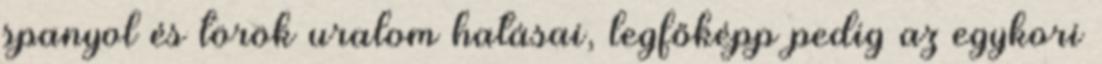
spanyol és török uralom hatásai, legfőképp pedig az egykori